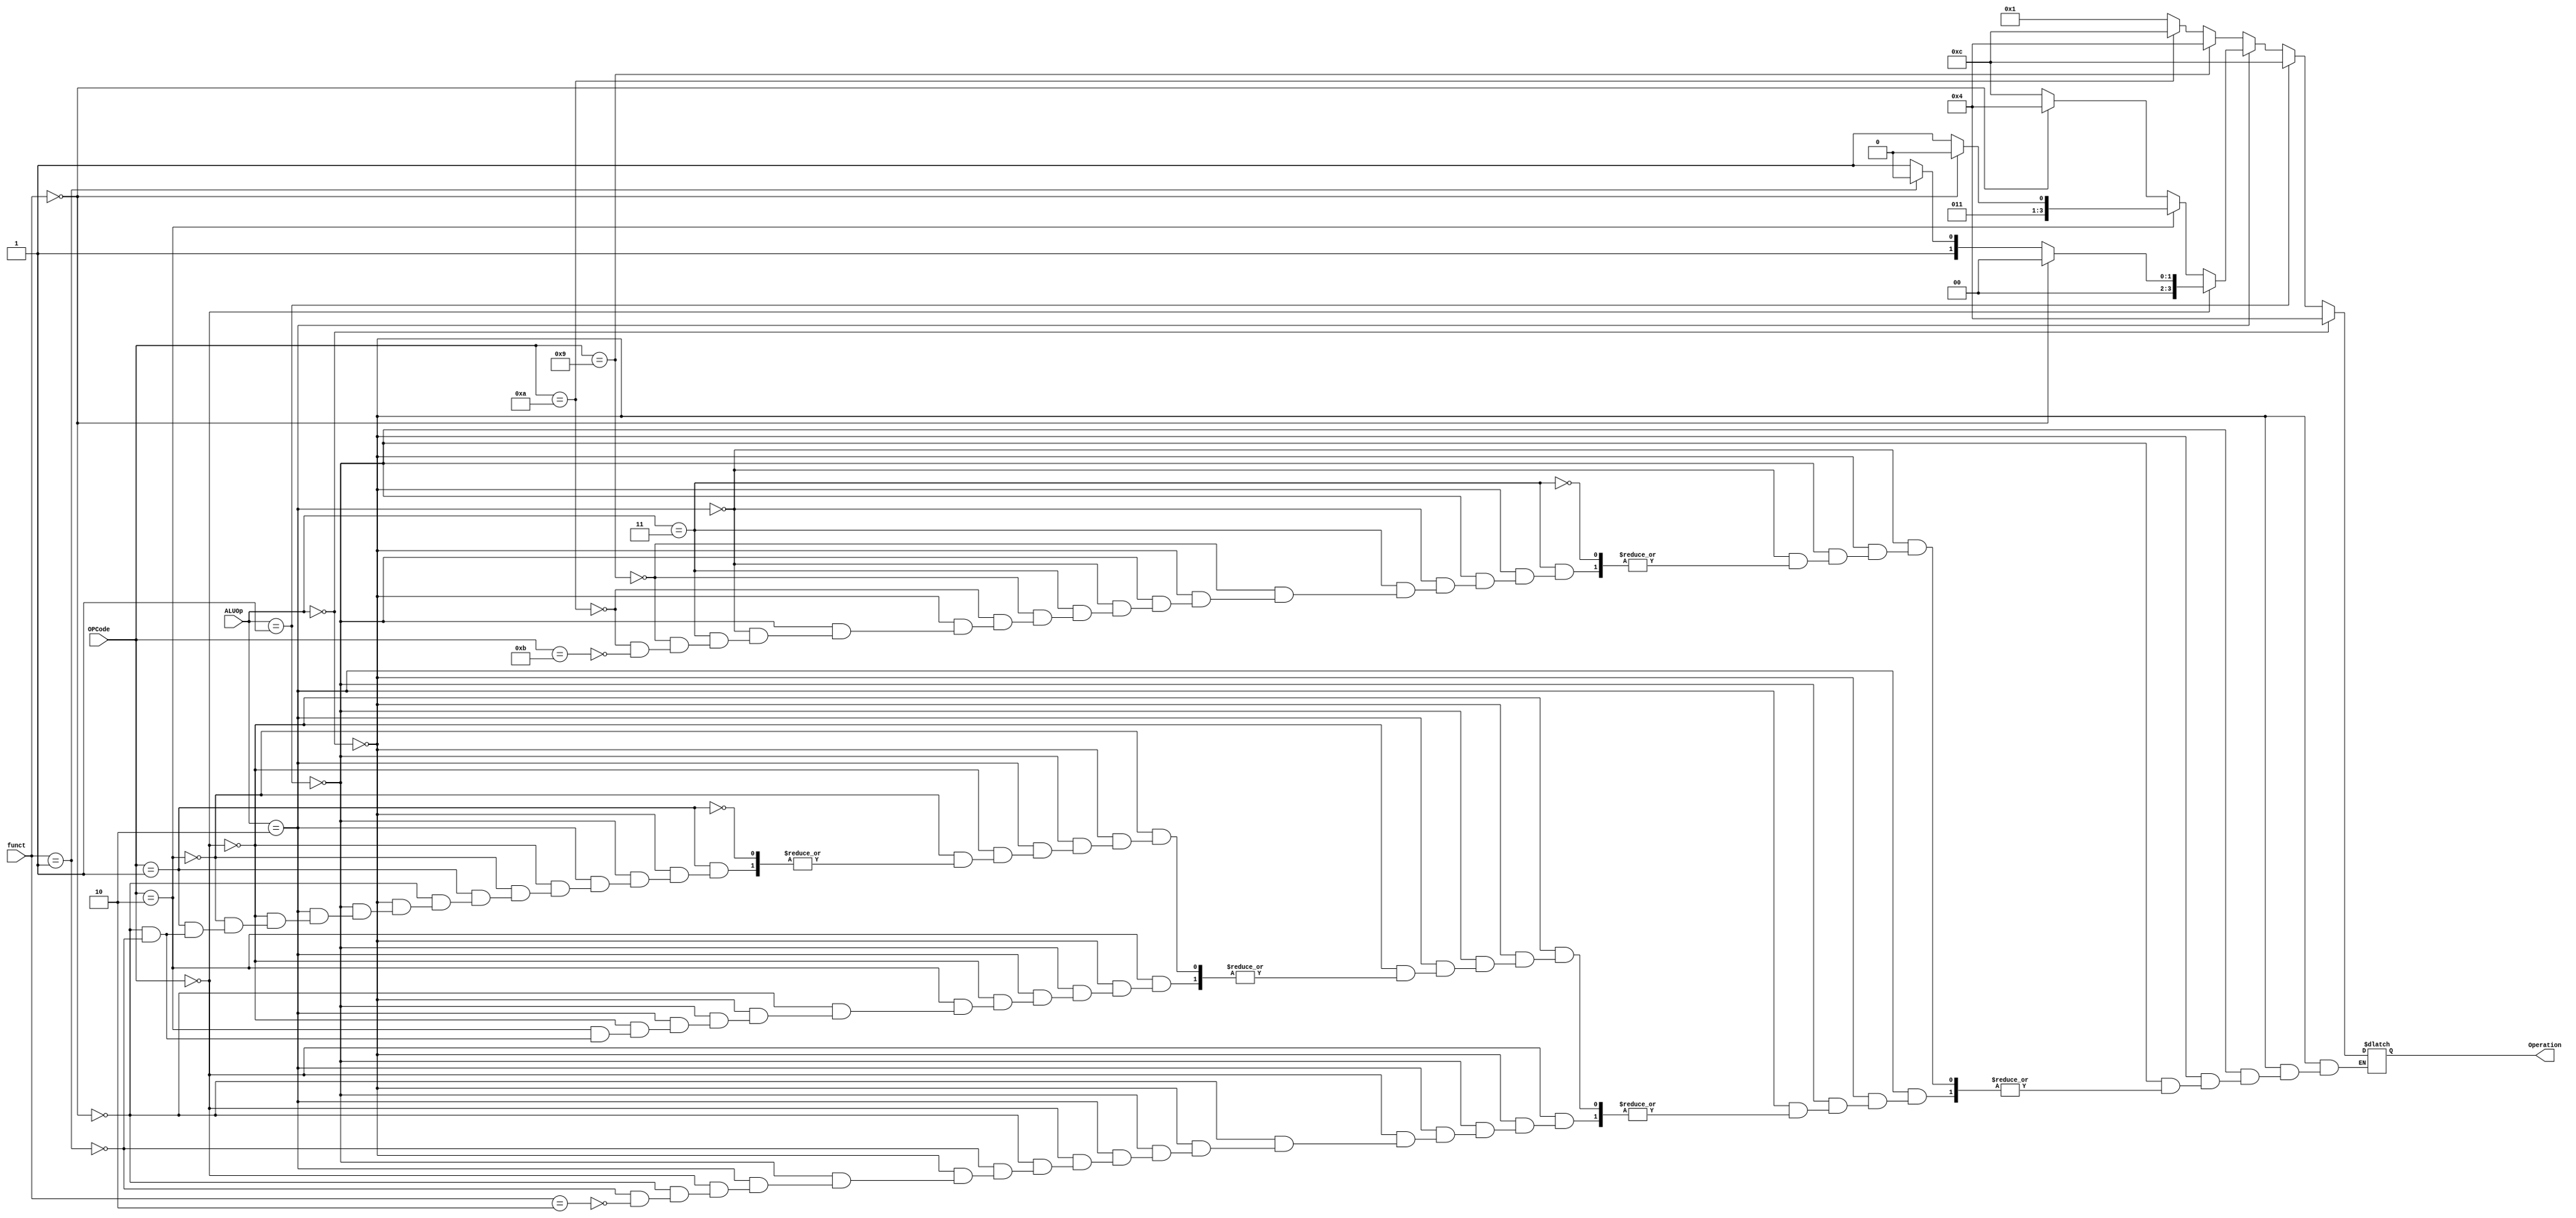
`timescale 1ns / 1ps
//////////////////////////////////////////////////////////////////////////////////
// Company: 
// Engineer: 
// 
// Design Name: 
// Module Name: ALUControl
// Project Name: 
// Target Devices: 
// Tool Versions: 
// Description: 
// 
// Dependencies: 
// 
// Revision:
// Revision 0.01 - File Created
// Additional Comments:
// 
//////////////////////////////////////////////////////////////////////////////////


module ALUControl(
    input [1:0] ALUOp,
    input [1:0] funct,
    input [3:0] OPCode,
    output reg [3:0] Operation
);

always @ (ALUOp or funct or OPCode)
begin
    if (ALUOp == 2'b00) begin
        Operation = 4'b0100; // ADD
    end
    else if (ALUOp == 2'b01) begin
        Operation = 4'b1100; // SUB
    end
    else if (ALUOp == 2'b10) begin
        if (OPCode == 4'b0000) begin
            if (funct == 2'b00)
                Operation = 4'b0000; // AND
            else if (funct == 2'b01)
                Operation = 4'b0010; // OR
            else if (funct == 2'b10)
                Operation = 4'b0011; // XOR
        end
        else if (OPCode == 4'b0010) begin
            if (funct == 2'b00)
                Operation = 4'b0110; // SLL
            else if (funct == 2'b01)
                Operation = 4'b0111; // SRA
        end
        else if (OPCode == 4'b0001) begin
            if (funct == 2'b00)
                Operation = 4'b0100; // ADD
            else if (funct == 2'b01)
                Operation = 4'b1100; // SUB
        end
    end
    else if (ALUOp == 2'b11) begin
        if (OPCode == 4'b1001)
            Operation = 4'b0100; // ADDI
        else if (OPCode == 4'b1010)
            Operation = 4'b1100; // SUBI
        else if (OPCode == 4'b1011)
            Operation = 4'b0001; // SLTI
    end
end

endmodule